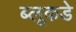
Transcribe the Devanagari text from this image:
ब्लूकडे